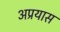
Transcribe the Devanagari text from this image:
अप्रयास